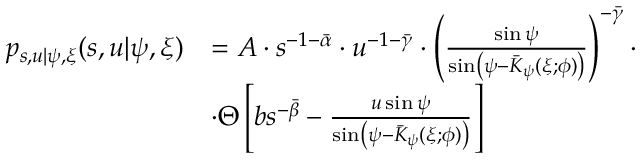
\begin{array} { r l } { p _ { s , u | \psi , \xi } ( s , u | \psi , \xi ) } & { = A \cdot s ^ { - 1 - \bar { \alpha } } \cdot u ^ { - 1 - \bar { \gamma } } \cdot \left( \frac { \sin \psi } { \sin \left( \psi - \bar { K } _ { \psi } ( \xi ; \phi ) \right) } \right) ^ { - \bar { \gamma } } \cdot } \\ & { \cdot \Theta \left[ b s ^ { - \bar { \beta } } - \frac { u \sin \psi } { \sin \left( \psi - \bar { K } _ { \psi } ( \xi ; \phi ) \right) } \right] } \end{array}